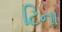
ટિના